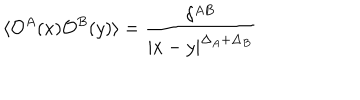
LaTeX: \langle { \cal O } ^ { A } ( x ) { \cal O } ^ { B } ( y ) \rangle = \frac { \delta ^ { A B } } { \left| x - y \right| ^ { \Delta _ { A } + \Delta _ { B } } }